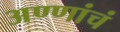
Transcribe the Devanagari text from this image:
अण्णांचं